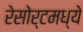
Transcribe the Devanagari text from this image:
रेसोर्टमध्ये